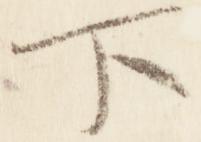
下